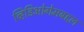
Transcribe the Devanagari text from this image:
व्हिडिओगेमबद्दल